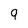
Character: 9